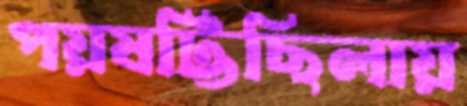
পয়ষট্টিছিলায়